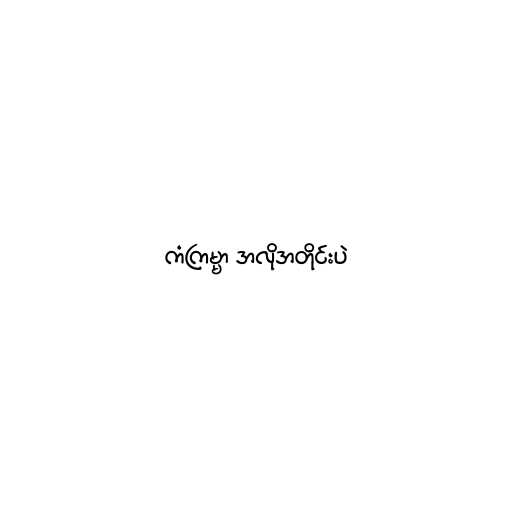
ကံကြမ္မာ အလိုအတိုင်းပဲ